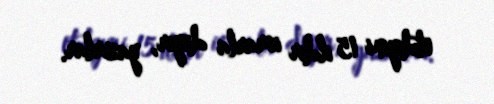
etdiyini 15 ildir israrla deyir, yazırlar.